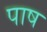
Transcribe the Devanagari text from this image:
पाष